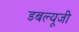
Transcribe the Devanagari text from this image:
डबल्यूजी